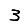
Digit: 3